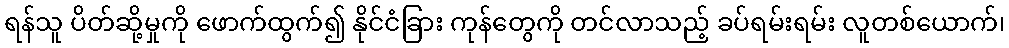
ရန်သူ ပိတ်ဆို့မှုကို ဖောက်ထွက်၍ နိုင်ငံခြား ကုန်တွေကို တင်လာသည့် ခပ်ရမ်းရမ်း လူတစ်ယောက်၊